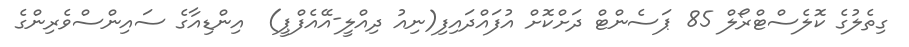
ގިތެލުގެ ކޮލެސްޓްރޯލް 85 ޕަސެންޓް ދަށްކޮށް އުފައްދައިފި(ނިއު ދިއްލީ-އޭއެފްޕީ)  އިންޑިއާގެ ސައިންސްވެރިންގެ